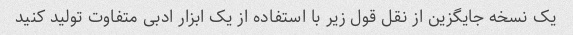
یک نسخه جایگزین از نقل قول زیر با استفاده از یک ابزار ادبی متفاوت تولید کنید